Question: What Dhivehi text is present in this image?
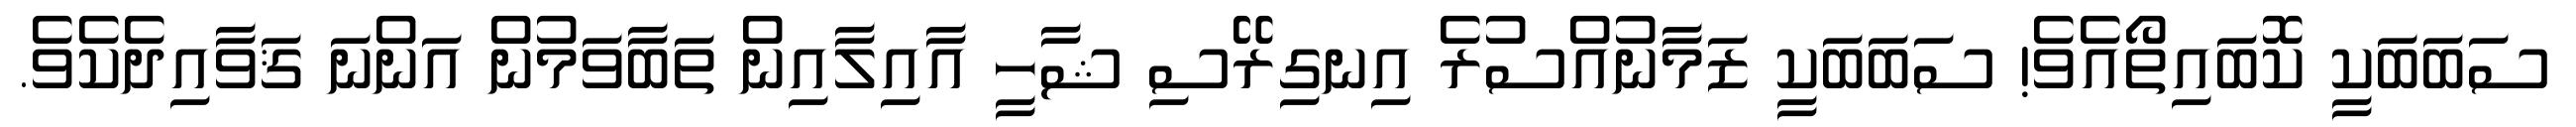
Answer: ސަބަބަކީ ކޮބައިތޯއެވެ! ސަބަބަކީ ޒަމާނުއްސުރެ އިނގިރޭސި ޝާހީ އާއިލާއިން ތަބާވަމުން އަންނަ ޤަވާއިދެކެވެ.